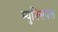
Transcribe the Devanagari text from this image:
म्युनिसपल